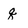
Character: q